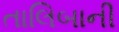
તાલિબાની